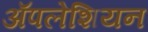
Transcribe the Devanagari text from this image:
ॲपलेशियन